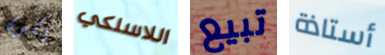
يكون اللاسلكي تبيع أستاذة